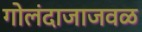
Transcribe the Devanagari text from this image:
गोलंदाजाजवळ